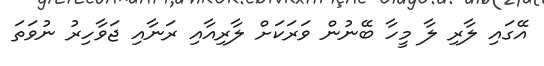
އޭގައި ލާރި ލާ މީހާ ބޭނުން ވަރަކަށް ލާރިއާއި ރަނާއި ޖަވާހިރު ނުވަތަ